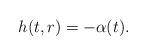
LaTeX: \begin{align*} h(t,r) = -\alpha (t).\end{align*}